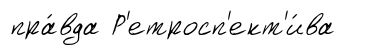
пра́вда Р'етросп'ект'и́ва